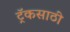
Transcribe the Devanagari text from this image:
ट्रॅकसाठी